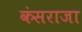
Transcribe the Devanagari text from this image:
कंसराजा